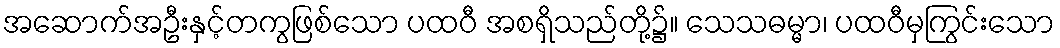
အဆောက်အဦးနှင့်တကွဖြစ်သော ပထဝီ အစရှိသည်တို့၌။ သေသဓမ္မာ၊ ပထဝီမှကြွင်းသော